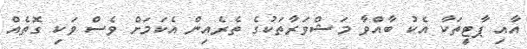
އާއި ޕާޓީތަކާ އެކު ބާއްވާ މަޝްވަރާތަކުގެ ތެރެއިން އެކަމަށް ވެސް ވަކި ގޮތެއް